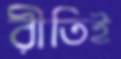
রীতিই